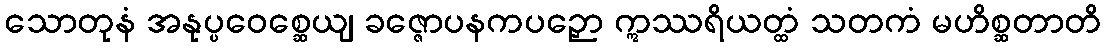
သောတုနံ အနုပ္ပဝေစ္ဆေယျ ခဇ္ဇောပနကပဉှော ဣဿရိယတ္ထံ သတကံ မဟိစ္ဆတာတိ